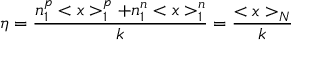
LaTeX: \eta = \frac { n _ { 1 } ^ { p } < x > _ { 1 } ^ { p } + n _ { 1 } ^ { n } < x > _ { 1 } ^ { n } } k = \frac { < x > _ { N } } k